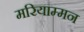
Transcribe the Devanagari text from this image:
मरियाम्मन